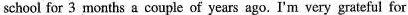
school for 3 months a couple of years ago. I'm very grateful for